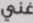
غني